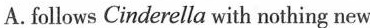
A.follows Cinderella with nothing new